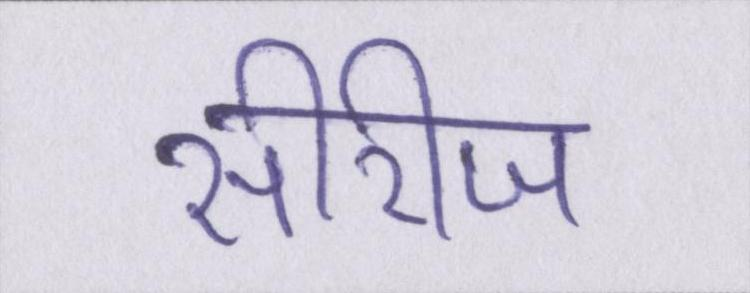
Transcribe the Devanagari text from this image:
सीरीज